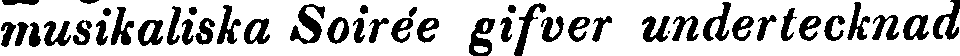
musikaliska Soirée gifver undertecknad